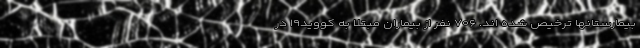
بیمارستانها ترخیص شده اند. ۷۰۶ نفر از بیماران مبتلا به کووید۱۹ در